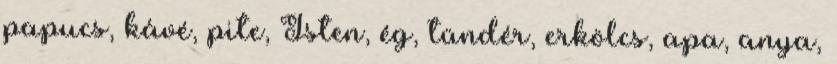
papucs, kávé, pite, Isten, ég, tündér, erkölcs, apa, anya,